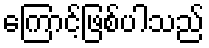
ကြောင့်ဖြစ်ပါသည်